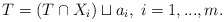
\begin{align*}T=\left( T\cap X_{i}\right) \sqcup a_{i},\; i=1,...,m.\end{align*}